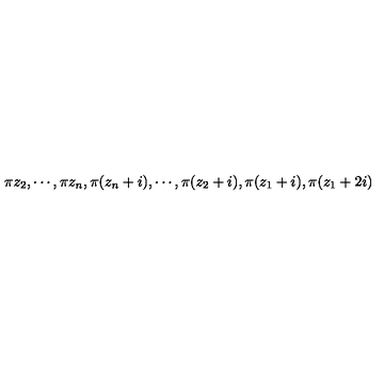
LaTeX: \pi z _ { 2 } , \cdots , \pi z _ { n } , \pi ( z _ { n } + i ) , \cdots , \pi ( z _ { 2 } + i ) , \pi ( z _ { 1 } + i ) , \pi ( z _ { 1 } + 2 i )